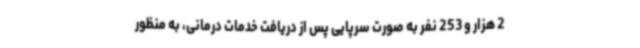
2 هزار و 253 نفر به صورت سرپایی پس از دریافت خدمات درمانی، به منظور